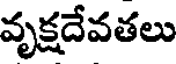
వృక్షదేవతలు